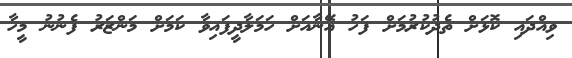
ވިއްދައި ކޮޅަށް ތެދުކުރުމަށް ފަހު އޭނާއަށް ހަމަލާދީފައިވާ ކަމަށް މަންޒަރު ފެނުނު މީހާ